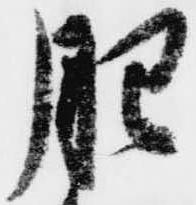
肥